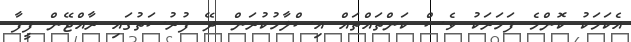
އެކަމަކު ކޮންމެ ފަހަރަކު ވެސް ކަންތައްތައް އިސްލާހުކުރަން ދޭ ފުރުސަތުގައި ރާއްޖޭން ފީފާ